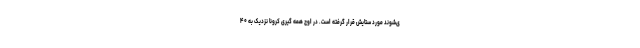
ی‌شوند مورد ستایش قرار گرفته است. در اوج همه گیری کرونا نزدیک به ۴۰